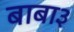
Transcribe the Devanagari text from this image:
बाबा३